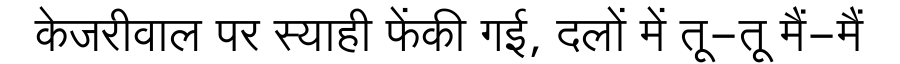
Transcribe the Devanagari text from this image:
केजरीवाल पर स्याही फेंकी गई, दलों में तू-तू मैं-मैं